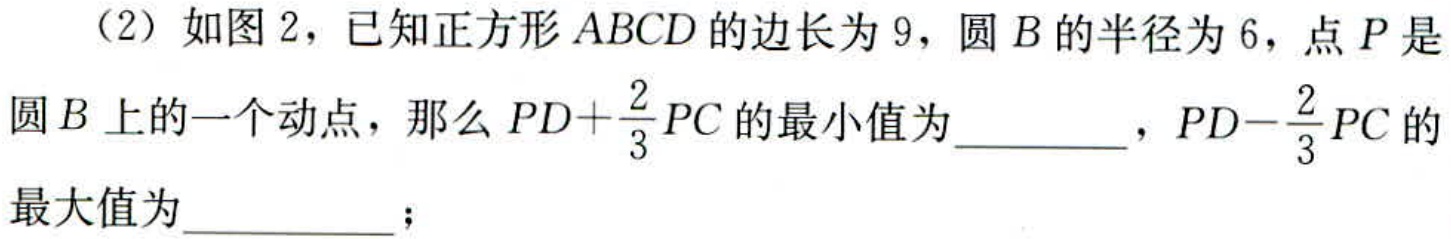
（2）如图2，已知正方形\(ABCD\)的边长为\(9\)，圆\(B\)的半径为\(6\)，点\(P\)是圆\(B\)上的一个动点，那么\(PD + \frac{2}{3}PC\)的最小值为  ，\(PD-\frac{2}{3}PC\)的最大值为  ；